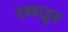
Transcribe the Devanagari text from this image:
रम्याद्भुत